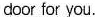
door for you.